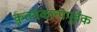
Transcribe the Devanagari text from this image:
कृतसंकल्पपूर्वक